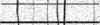
١٣٦